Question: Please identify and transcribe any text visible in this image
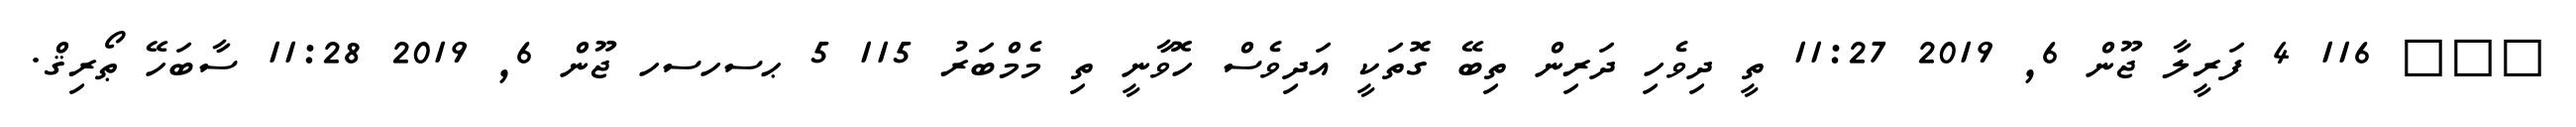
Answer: ??? 116 4 ފަރީލާ ޖޫން 6, 2019 11:27 ތީ ދިވެހި ދަރިން ތިބޭ ގޮތަކީ އަދިވެސް ހޮވާނީ ތި މެމްބަރު 115 5 ޙސހސހ ޖޫން 6, 2019 11:28 ސާބަހޭ ޠޯރިޤް.